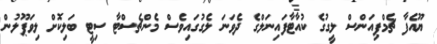
ޔޫއެފާ ޗެމްޕިއަންސް ލީގުގެ ކުއާޓާފައިނަލްގެ ދެވަނަ ލެގުގައިވެސް މެންޗެސްޓާ ސިޓީ ބަލިކޮށް ލިވަޕޫލުން